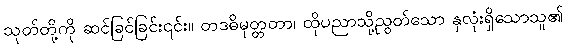
သုတ်တို့ကို ဆင်ခြင်ခြင်း၎င်း။ တဒဓိမုတ္တတာ၊ ထိုပညာသို့ညွတ်သော နှလုံးရှိသောသူ၏